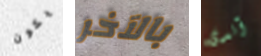
يكون بالآخر آندى